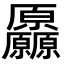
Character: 厵